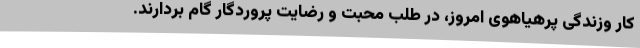
کار وزندگی پرهیاهوی امروز، در طلب محبت و رضایت پروردگار گام بردارند.